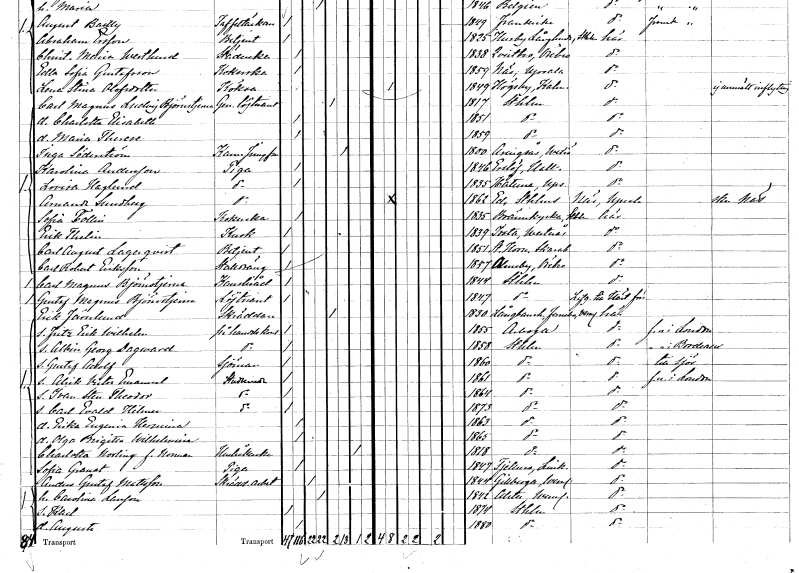
gt_parse: households: individuals: FN: Carl Magnus Ludvig
EN: Björnstjerna
YRKE: Generallöjtnant
KON: M
CIV: E
FODAR: 1817
FODFORS: Stockholm
FN: Charlotta Elisabeth
KON: K
CIV: O
FODAR: 1851
FODFORS: Stockholm
FN: Maria Therese
KON: K
CIV: O
FODAR: 1859
FODFORS: Stockholm
FN: Inga
EN: Söderström
YRKE: Kammarjungfru
KON: K
CIV: E
FODAR: 1800
FODFORS: Aringsås Kronobergs län
FN: Karolina
EN: Andersson
YRKE: Piga
KON: K
CIV: O
FODAR: 1846
FODFORS: Enslöv Hallands län
FN: Lovisa
EN: Haglund
YRKE: Piga
KON: K
CIV: O
FODAR: 1835
FODFORS: Håtuna Stockholms län
FN: Amanda
EN: Lundberg
YRKE: Piga
KON: K
CIV: O
FODAR: 1862
FODFORS: Ed Stockholms län
FN: Sofia
EN: Tollin
YRKE: Kokerska
KON: K
CIV: O
FODAR: 1835
FODFORS: Brännkyrka Stockholms län
FN: Erik
EN: Thelin
YRKE: Kusk
KON: M
CIV: O
FODAR: 1839
FODFORS: Irsta Västmanlands län
FN: Carl August
EN: Lagerqvist
YRKE: Betjänt
KON: M
CIV: O
FODAR: 1851
FODFORS: Horn Skaraborgs län
FN: Carl Robert
EN: Eriksson
YRKE: Stalldräng
KON: M
CIV: O
FODAR: 1857
FODFORS: Almby Örebro län
FN: Carl Magnus
EN: Björnstjerna
YRKE: Kansliråd
KON: M
CIV: O
FODAR: 1844
FODFORS: Stockholm
FN: Gustaf Magnus
EN: Björnstjerna
YRKE: Löjtnant
KON: M
CIV: O
FODAR: 1847
FODFORS: Stockholm
FN: Erik
EN: Järnlund
YRKE: Skräddare
KON: M
CIV: E
FODAR: 1830
FODFORS: Färnebo Värmlands län
FN: Fritz Erik Wilhelm
YRKE: På handelskontor
KON: M
CIV: O
FODAR: 1855
FODFORS: Arboga Västmanlands län
FN: Albin Georg Dagward
YRKE: På handelskontor
KON: M
CIV: O
FODAR: 1858
FODFORS: Stockholm
FN: Gustaf Adolf
YRKE: Sjöman
KON: M
CIV: O
FODAR: 1860
FODFORS: Stockholm
FN: Alrik Victor Emanuel
YRKE: Studerande
KON: M
CIV: O
FODAR: 1861
FODFORS: Stockholm
FN: Ivan Sten Theodor
YRKE: Studerande
KON: M
CIV: O
FODAR: 1864
FODFORS: Stockholm
FN: Carl Evald Hilmer
YRKE: Studerande
KON: M
CIV: O
FODAR: 1873
FODFORS: Stockholm
FN: Erika Eugenia Hermina
KON: K
CIV: O
FODAR: 1863
FODFORS: Stockholm
FN: Olga Brigitta Wilhelmina
KON: K
CIV: O
FODAR: 1865
FODFORS: Stockholm
FN: Charlotta
EN: Norling Norman
YRKE: Hushållerska
KON: K
CIV: E
FODAR: 1818
FODFORS: Stockholm
FN: Sofia
EN: Granat
YRKE: Piga
KON: K
CIV: O
FODAR: 1847
FODFORS: Tjällmo Östergötlands län
FN: Anders Gustaf
EN: Mattsson
YRKE: Skrädderiarbetare
KON: M
CIV: G
FODAR: 1844
FODFORS: Gillberga Värmlands län
FN: Carolina
EN: Larsson
KON: K
CIV: G
FODAR: 1842
FODFORS: Alster Värmlands län
FN: Karl
KON: M
CIV: O
FODAR: 1874
FODFORS: Stockholm
FN: Augusta
KON: K
CIV: O
FODAR: 1880
FODFORS: Stockholm